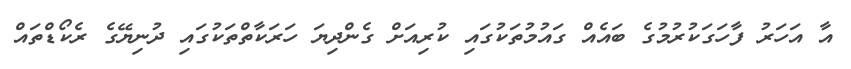
އާ އަހަރު ފާހަަގަކުރުމުގެ ބައެއް ގައުމުތަކުގައި ކުރިއަށް ގެންދިޔަ ހަރަކާތްތަކުގައި ދުނިޔޭގެ ރެކޯޑްތައް